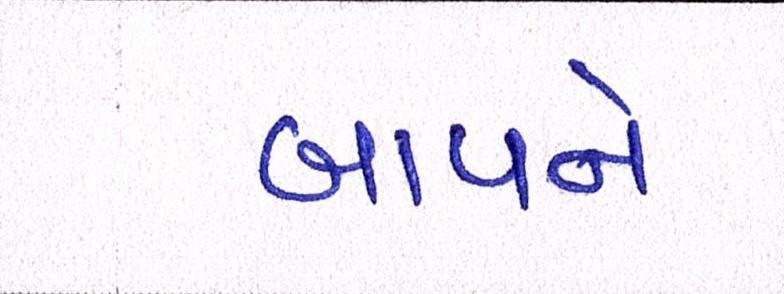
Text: બાપને